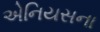
એનિયસના